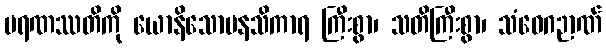
မရဏဿတိကို ယောနိသောမနသိကာရ ကြီးစွာ၊ သတိကြီးစွာ၊ သံဝေဂဉာဏ်